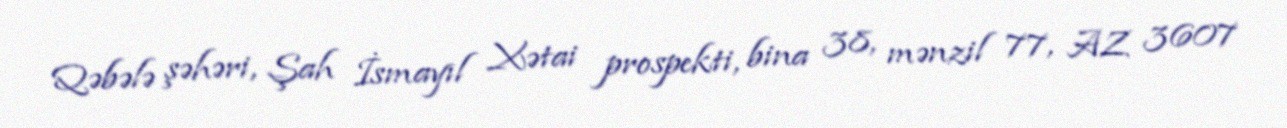
Qəbələ şəhəri, Şah İsmayıl Xətai prospekti, bina 38, mənzil 77, AZ 3607